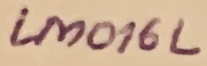
Text: LM016L